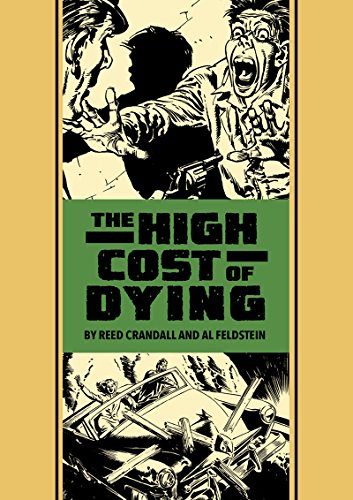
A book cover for The High Cost Of Dying And Other Stories; Reed Crandall; Comics & Graphic Novels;